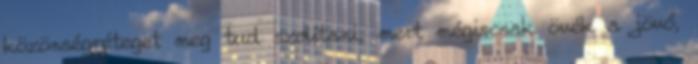
közönségréteget meg tud szólítani, mert mégiscsak övék a jövő,